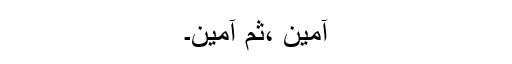
آمین ،ثم آمین۔